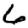
Digit: 6